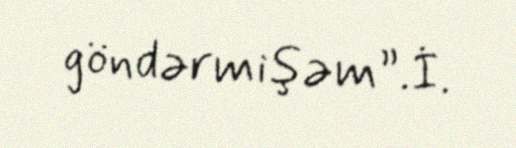
göndərmişəm”.İ.